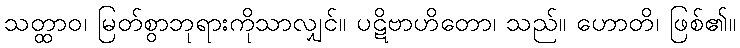
သတ္ထာဝ၊ မြတ်စွာဘုရားကိုသာလျှင်။ ပဋိဗာဟိတော၊ သည်။ ဟောတိ၊ ဖြစ်၏။